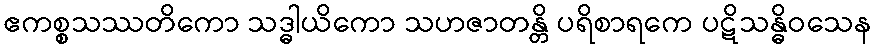
ဧကစ္စသဿတိကော သဒ္ဓါယိကော သဟဇာတန္တိ ပရိစာရကေ ပဋိသန္ဓိဝသေန